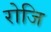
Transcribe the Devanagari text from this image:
रोजि